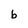
Character: b